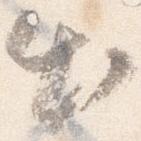
出